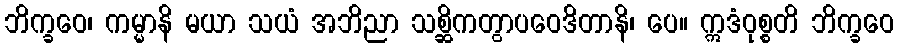
ဘိက္ခဝေ၊ ကမ္မာနိ မယာ သယံ အဘိညာ သစ္ဆိကတွာပဝေဒိတာနိ၊ ပေ။ ဣဒံဝုစ္စတိ ဘိက္ခဝေ